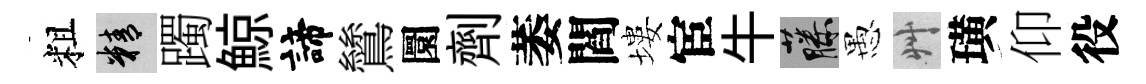
粗精躅鯨諦鷥圜劑萎閻塿宦牛藤愚艸璜仰役